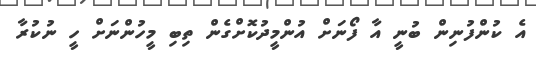
އެ ކުންފުނިން ބުނީ އާ ފޯނަށް އުންމީދުކޮށްގެން ތިބި މީީހުންނަށް ހީ ނުކުރާ